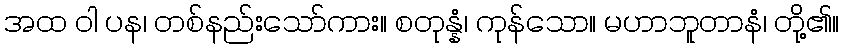
အထ ဝါ ပန၊ တစ်နည်းသော်ကား။ စတုန္နံ၊ ကုန်သော။ မဟာဘူတာနံ၊ တို့၏။